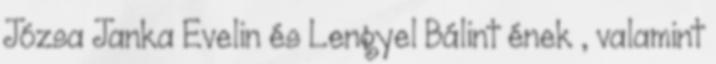
Józsa Janka Evelin és Lengyel Bálint ének , valamint